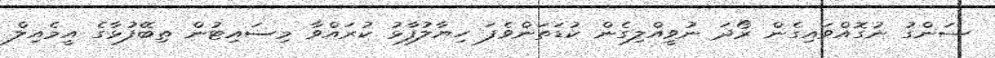
ސަންގު ނުގޮއްވައިގެން ރޯދަ ނުވީއްލިގެން ކުޑަތަންވެފަ ހިޔާލުފާޅު ކުރައްވާ މިސައިޓުން ތިބޭފުޅާގެ އީމެއިލް